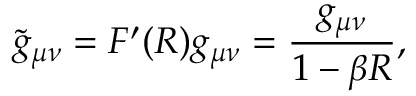
\widetilde { g } _ { \mu \nu } = F ^ { \prime } ( R ) g _ { \mu \nu } = \frac { g _ { \mu \nu } } { 1 - \beta R } ,